Annual administration report of the Civil Veterinary Department of India - 1897-1898
Year: 1897
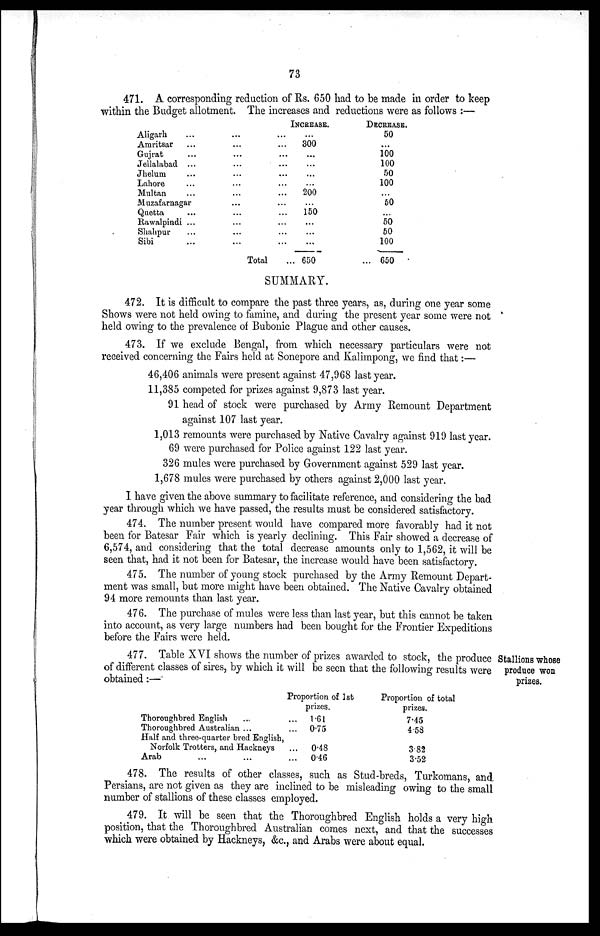
73
471. A corresponding reduction of Rs. 650 had to be made in order to keep
within the Budget allotment. The increases and reductions were as follows:—
Aligarh ... ... ...
Amritsar ... ... ...
Gujrat ... ... ...
Jellalabad ... ... ...
Jhelum ... ... ...
Lahore ... ... ...
Multan ... ... ...
Muzafarnagar ... ... ...
Quetta ... ... ...
Rawalpindi ... ... ...
Shahpur ... ... ...
Sibi ... ... ...
Total ...
INCREASE
...
300
...
...
...
...
200
...
150
...
...
...
650
DECREASE.
50
...
100
100
50
100
...
50
...
50
50
100
... 650
SUMMARY.
472. It is difficult to compare the past three years, as, during one year some
Shows were not held owing to famine, and during the present year some were not
held owing to the prevalence of Bubonic Plague and other causes.
473. If we exclude Bengal, from which necessary particulars were not
received concerning the Fairs held at Sonepore and Kalimpong, we find that:—
46,406 animals were present against 47,968 last year.
11,385 competed for prizes against 9,873 last year.
91 head of stock were purchased by Army Remount Department
against 107 last year.
1,013 remounts were purchased by Native Cavalry against 919 last year.
69 were purchased for Police against 122 last year.
326 mules were purchased by Government against 529 last year.
1,678 mules were purchased by others against 2,000 last year.
I have given the above summary to facilitate reference, and considering the bad
year through which we have passed, the results must be considered satisfactory.
474. The number present would have compared more favorably had it not
been for Batesar Fair which is yearly declining. This Fair showed a decrease of
6,574, and considering that the total decrease amounts only to 1,562, it will be
seen that, had it not been for Batesar, the increase would have been satisfactory.
475. The number of young stock purchased by the Army Remount Depart-
ment was small, but more might have been obtained. The Native Cavalry obtained
94 more remounts than last year.
476. The purchase of mules were less than last year, but this cannot be taken
into account, as very large numbers had been bought for the Frontier Expeditions
before the Fairs were held.
Stallions whose
produce won
prizes.
477. Table XVI shows the number of prizes awarded to stock, the produce
of different classes of sires, by which it will be seen that the following results were
obtained:—
Thoroughbred English ...
Thoroughbred Australian ...
Half and three-quarter bred English,
Norfolk Trotters, and Hackneys
Arab ... ... ...
Proportion of 1st
prizes.
...
1.61
...
0.75
...
0.48
...
0.46
Proportion of total
prizes.
7.45
4.53
3.82
3.52
478. The results of other classes, such as Stud-breds, Turkomans, and
Persians, are not given as they are inclined to be misleading owing to the small
number of stallions of these classes employed.
479. It will be seen that the Thoroughbred English holds a very high
position, that the Thoroughbred Australian comes next, and that the successes
which were obtained by Hackneys, &c., and Arabs were about equal.